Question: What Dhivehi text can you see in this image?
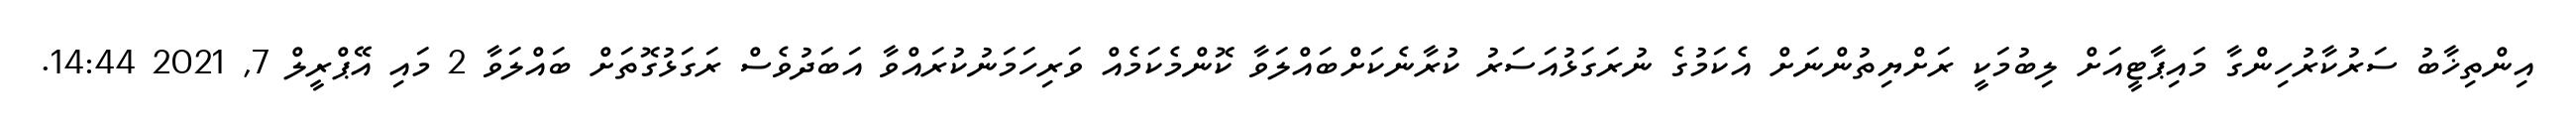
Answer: އިންތިޚާބު ސަރުކާރުހިންގާ މައިޕާޓީއަށް ލިބުމަކީ ރަށްޔިތުންނަށް އެކަމުގެ ނުރަގަޅުއަސަރު ކުރާނެކަށްބައްލަވާ ކޮންމެކަމެއް ވަރިހަމަނުކުރައްވާ އަބަދުވެސް ރަގަޅުގޮތަށް ބައްލަވާ 2 މައި އޭޕްރީލް 7, 2021 14:44.